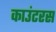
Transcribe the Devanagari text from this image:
काउंटरस